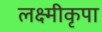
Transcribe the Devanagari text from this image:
लक्ष्मीकृपा